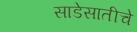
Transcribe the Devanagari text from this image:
साडेसातीचे